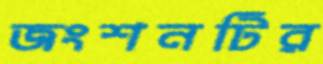
জংশনটির